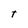
Character: t